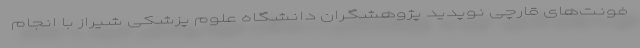
فونت‌های قارچی نوپدید پژوهشگران دانشگاه علوم پزشکی شیراز با انجام